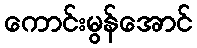
ကောင်းမွန်အောင်